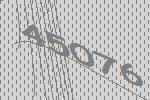
45076